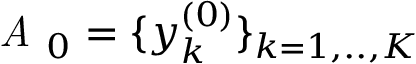
\textit { A } _ { 0 } = \{ y _ { k } ^ { ( 0 ) } \} _ { k = 1 , . . , K }